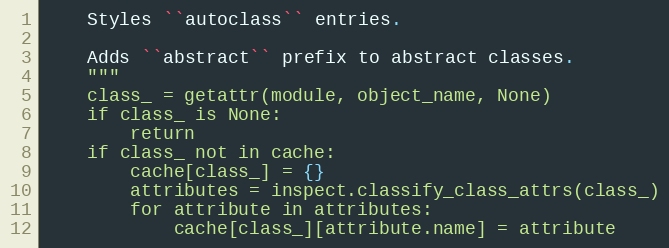
Language: Python
    Styles ``autoclass`` entries.

    Adds ``abstract`` prefix to abstract classes.
    """
    class_ = getattr(module, object_name, None)
    if class_ is None:
        return
    if class_ not in cache:
        cache[class_] = {}
        attributes = inspect.classify_class_attrs(class_)
        for attribute in attributes:
            cache[class_][attribute.name] = attribute